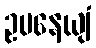
ဥပနေယျံ